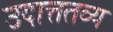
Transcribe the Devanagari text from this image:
उदात्ततव्य